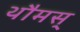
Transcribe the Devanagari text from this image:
थौमस्